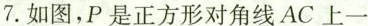
7.如图，P是正方形对角线AC上一